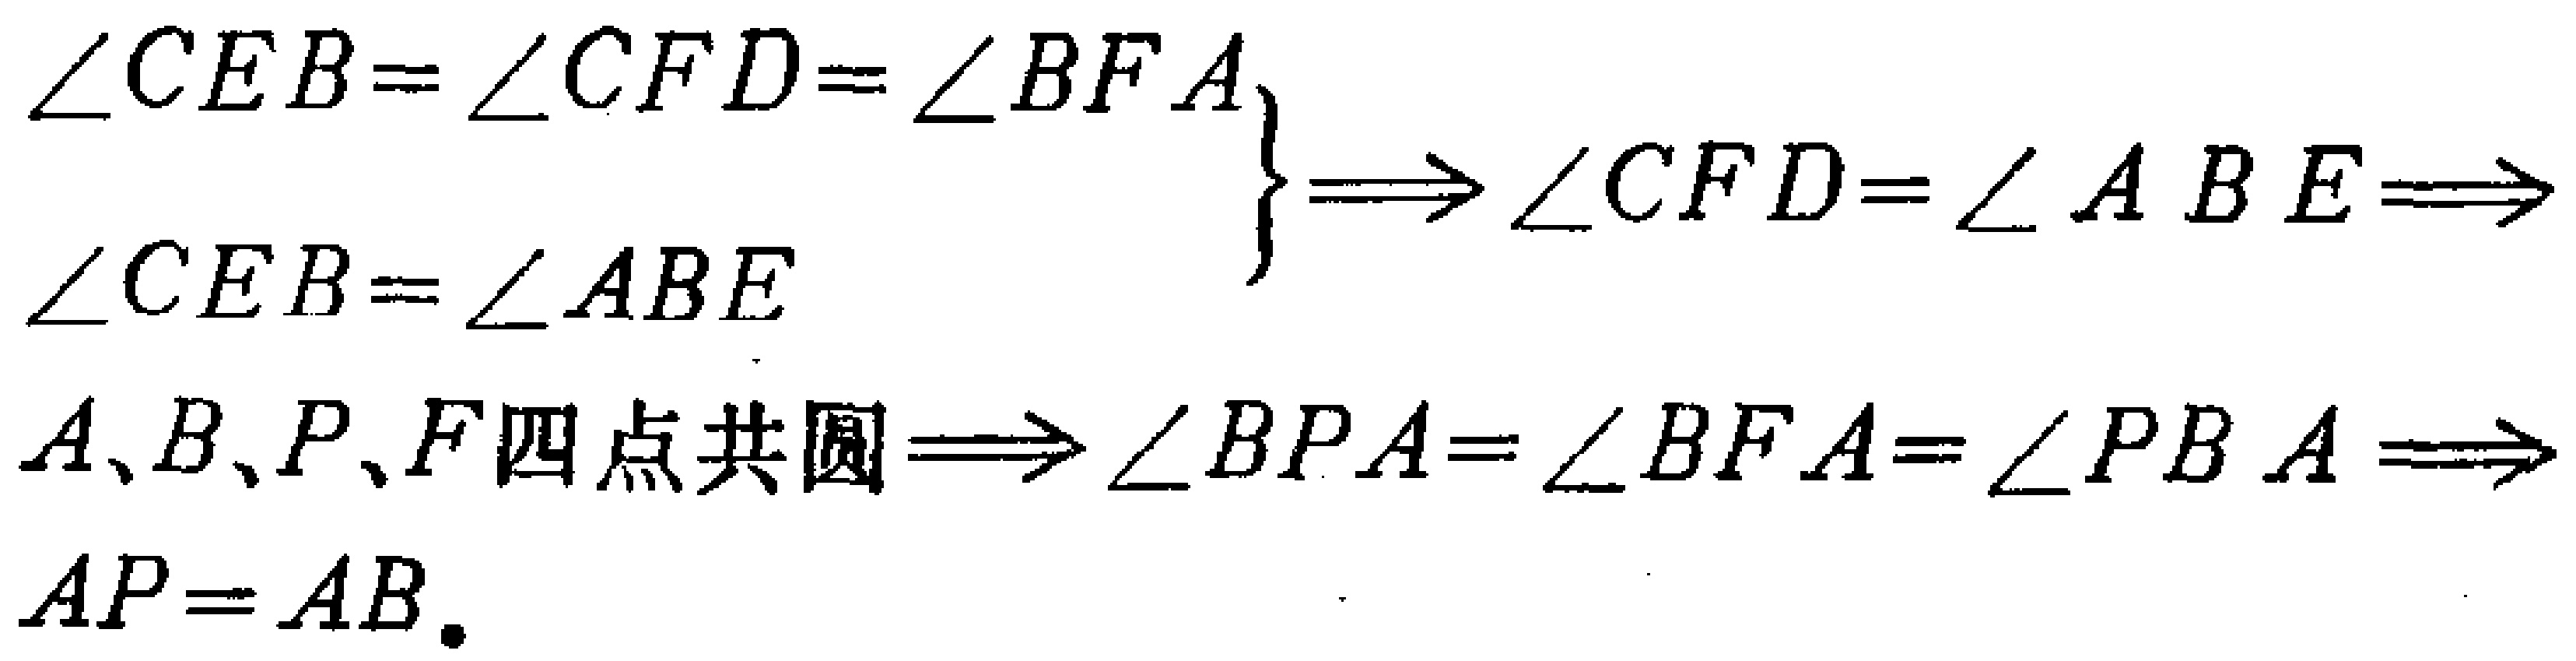
\begin{align*}

&\left.\begin{array}{l}

\angle CEB=\angle CFD = \angle BFA\\

\angle CEB=\angle ABE

\end{array}\right\} \Longrightarrow\angle CFD=\angle ABE\Longrightarrow\\

&A,B,P,F\text{ 四点共圆}\Longrightarrow\angle BPA=\angle BFA=\angle PBA\Longrightarrow\\

&AP = AB.

\end{align*}